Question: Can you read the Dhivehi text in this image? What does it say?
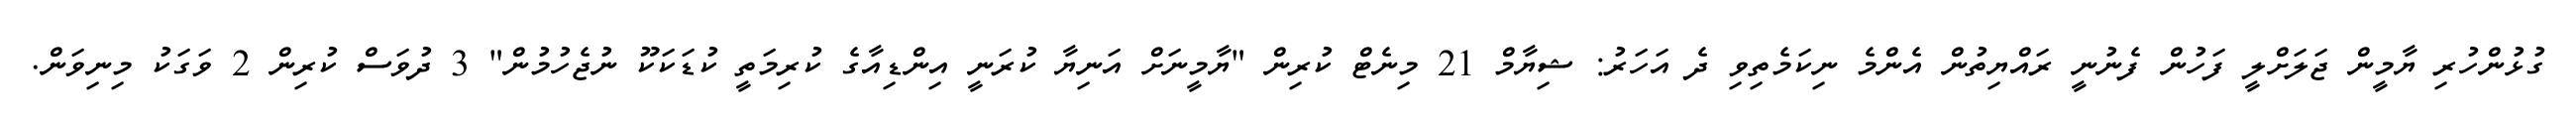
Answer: ގުޅުންހުރި ޔާމީން ޖަލަށްލީ ފަހުން ފެނުނީ ރައްޔިތުން އެންމެ ނިކަމެތިވި ދެ އަހަރު: ޝިޔާމް 21 މިނެޓް ކުރިން "ޔާމީނަށް އަނިޔާ ކުރަނީ އިންޑިއާގެ ކުރިމަތީ ކުޑަކަކޫ ނުޖެހުމުން" 3 ދުވަސް ކުރިން 2 ވަގަކު މިނިވަން.